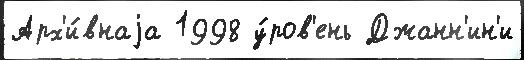
Арх'и́внаjа 1998 у́ров'ень Джанн'ин'и